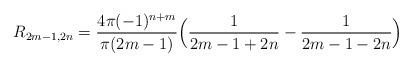
LaTeX: \begin{align*}R_{2m-1,2n}=\frac{4\pi(-1)^{n+m}}{\pi(2m-1)}\Big(\frac{1}{2m-1+2n}-\frac{1}{2m-1-2n}\Big)\end{align*}